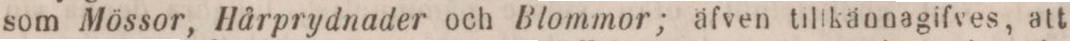
som Mössor, Hårprydnader och Blommor; äfven tillkännagifves, att